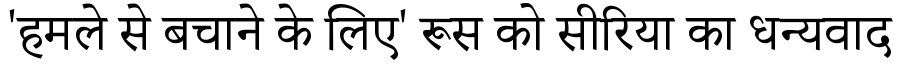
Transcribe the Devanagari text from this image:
'हमले से बचाने के लिए' रूस को सीरिया का धन्यवाद